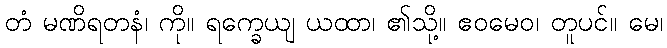
တံ မဏိရတနံ၊ ကို။ ရက္ခေယျ ယထာ၊ ၏သို့။ ဧဝမေဝ၊ တူပင်။ မေ၊